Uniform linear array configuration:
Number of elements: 64
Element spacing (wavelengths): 1
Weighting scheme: hamming
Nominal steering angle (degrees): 0
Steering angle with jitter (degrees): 1.597
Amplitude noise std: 0.05
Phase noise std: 0.05

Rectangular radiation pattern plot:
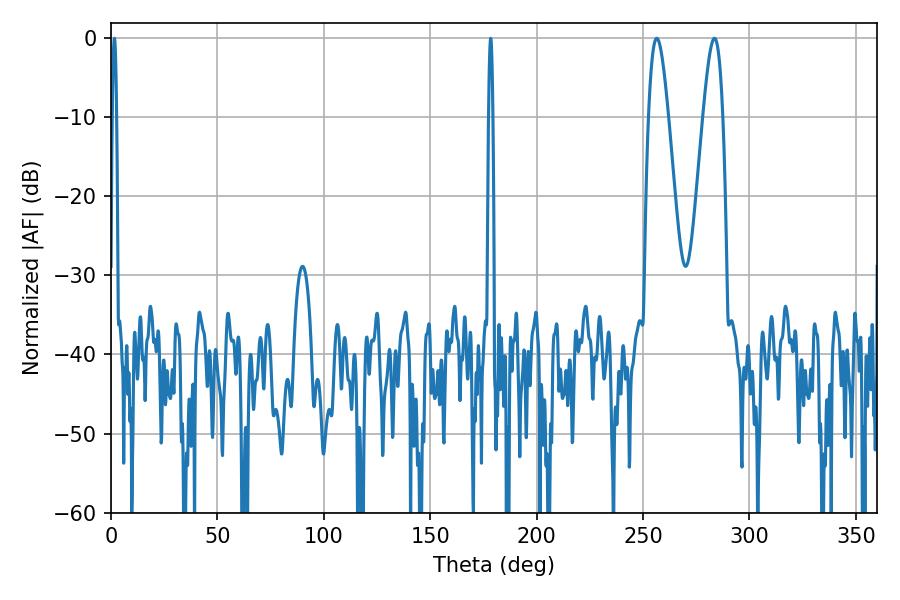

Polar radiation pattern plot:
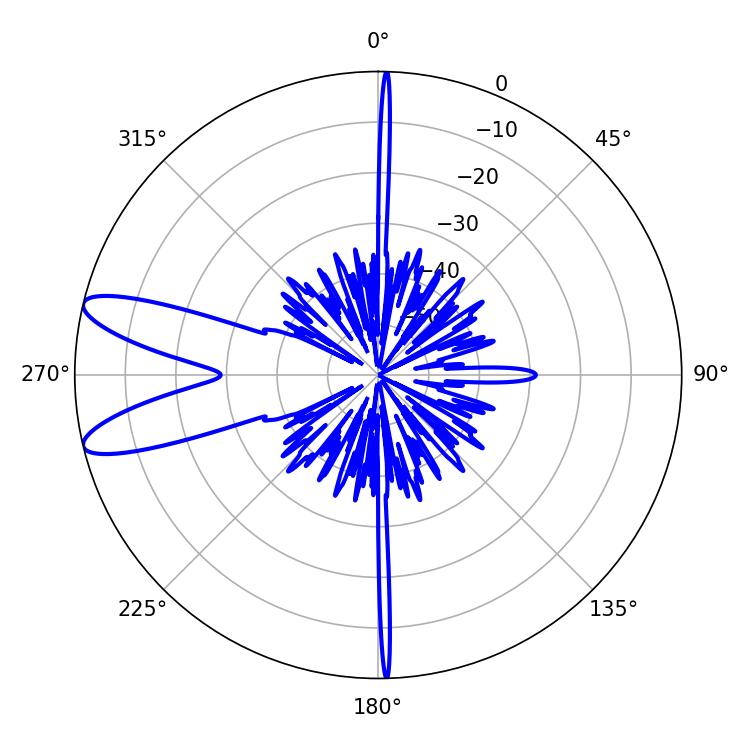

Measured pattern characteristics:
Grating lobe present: TRUE
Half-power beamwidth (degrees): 5.04
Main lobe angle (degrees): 283.5